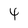
Character: 4